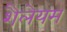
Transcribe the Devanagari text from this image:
शैलेयम्